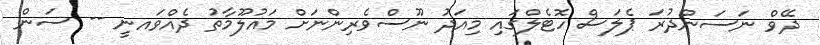
ދޭވް ނަސަންދުރަ ޕެލަސް ހޮޓެލްގައި މިއަދު ނޫސްވެރިންނަށް މައުލޫމާތު ދެއްވައނީ -- ސަން